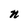
Character: n